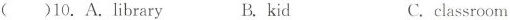
()10.A. library B.kid C.classroom